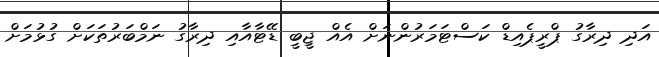
އަދި ދިރާގު ޕްރީޕެއިޑް ކަސްޓަމަރުންނަށް އެއް ޖީބީ ޑޭޓާއާއި ދިރާގު ނަމްބަރުތަކަށް ގުޅުމަށް